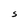
Character: S